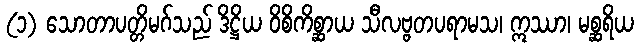
(၁) သောတာပတ္တိမဂ်သည် ဒိဋ္ဌိယ ဝိစိကိစ္ဆာယ သီလဗ္ဗတပရာမသ၊ ဣဿာ၊ မစ္ဆရိယ